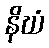
နိဃံ